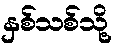
နှစ်သစ်သို့